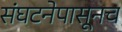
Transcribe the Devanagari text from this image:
संघटनेपासूनच